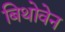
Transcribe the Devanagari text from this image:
बिथोवेन